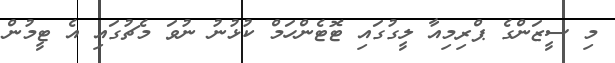
މި ސީޒަންގެ ޕްރިމިއާ ލީގުގައި ޓޮޓެންހަމް ކުޅުނު ނުވަ މެޗުގައި އެ ޓީމުން